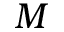
M